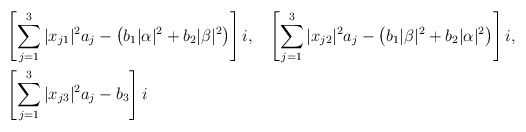
\begin{align*}&\left[\sum_{j=1}^3 |x_{j1}|^2 a_j - \left(b_1|\alpha|^2+b_2|\beta|^2\right)\right]i,&&\left[\sum_{j=1}^3 |x_{j2}|^2 a_j - \left(b_1|\beta|^2+b_2|\alpha|^2\right)\right]i,\\&\left[\sum_{j=1}^3 |x_{j3}|^2 a_j - b_3\right]i\end{align*}